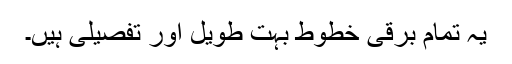
یہ تمام برقی خطوط بہت طویل اور تفصیلی ہیں۔